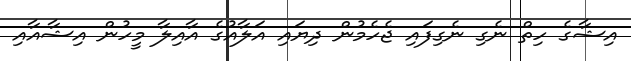
އިޝާގެ ހިތް ނެގި ނެގިފައި ޖެހެމުން ދިޔައި އަލާއުގެ އާއިލާ މީހުން އިޝާއާއި